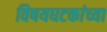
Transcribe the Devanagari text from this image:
विषयघटकांच्या